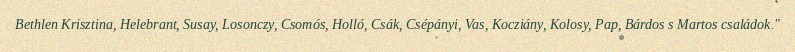
Bethlen Krisztina, Helebrant, Susay, Losonczy, Csomós, Holló, Csák, Csépányi, Vas, Kocziány, Kolosy, Pap, Bárdos s Martos családok."